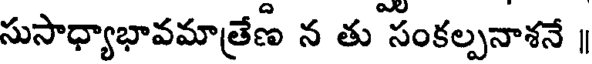
సుసాధ్యాభావమాత్రేణ న తు సంకల్పనాశనే ॥